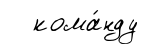
кома́нду